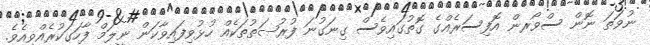
ނުވަތަ ނޮން ސްވޯރން އޮފިސަރެއްގެ ގޮތުގައިވެސް ގިނަގުނަ ފުރުޞަތުތަކެއް ހުޅުވިފައިވާކަން ނީލަމް ފާހަގަކުރެއްވިއެވެ.